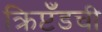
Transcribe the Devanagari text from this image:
क्रिप्टँडची